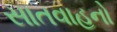
સાતવાહનો